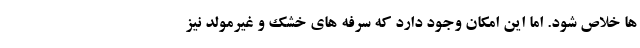
ها خلاص شود. اما این امکان وجود دارد که سرفه های خشک و غیرمولد نیز